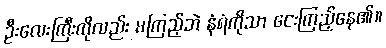
ဦးလေးကြီးကိုလည်း မကြည့်ဘဲ နံရံကိုသာ ငေးကြည့်နေ၏။